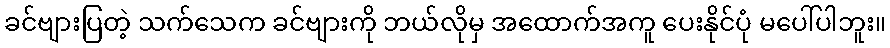
ခင်ဗျားပြတဲ့ သက်သေက ခင်ဗျားကို ဘယ်လိုမှ အထောက်အကူ ပေးနိုင်ပုံ မပေါ်ပါဘူး။